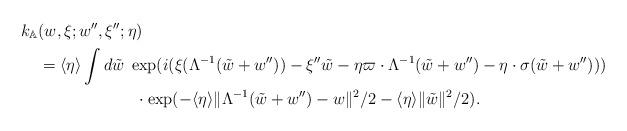
LaTeX: \begin{align*}k_{\mathbb{A}}&(w,\xi;w'',\xi'';\eta)\\& =\langle \eta\rangle \int d\tilde{w}\; \exp(i(\xi (\Lambda^{-1}(\tilde{w}+w''))-\xi'' \tilde{w}-\eta \varpi \cdot \Lambda^{-1}(\tilde{w}+w'')-\eta\cdot \sigma(\tilde{w}+w'')))\\&\qquad\qquad\qquad\cdot \exp(-\langle \eta\rangle \|\Lambda^{-1}(\tilde{w}+w'')-w\|^2/2-\langle \eta\rangle \|\tilde{w}\|^2/2).\end{align*}